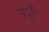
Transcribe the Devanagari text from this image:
पटूरी